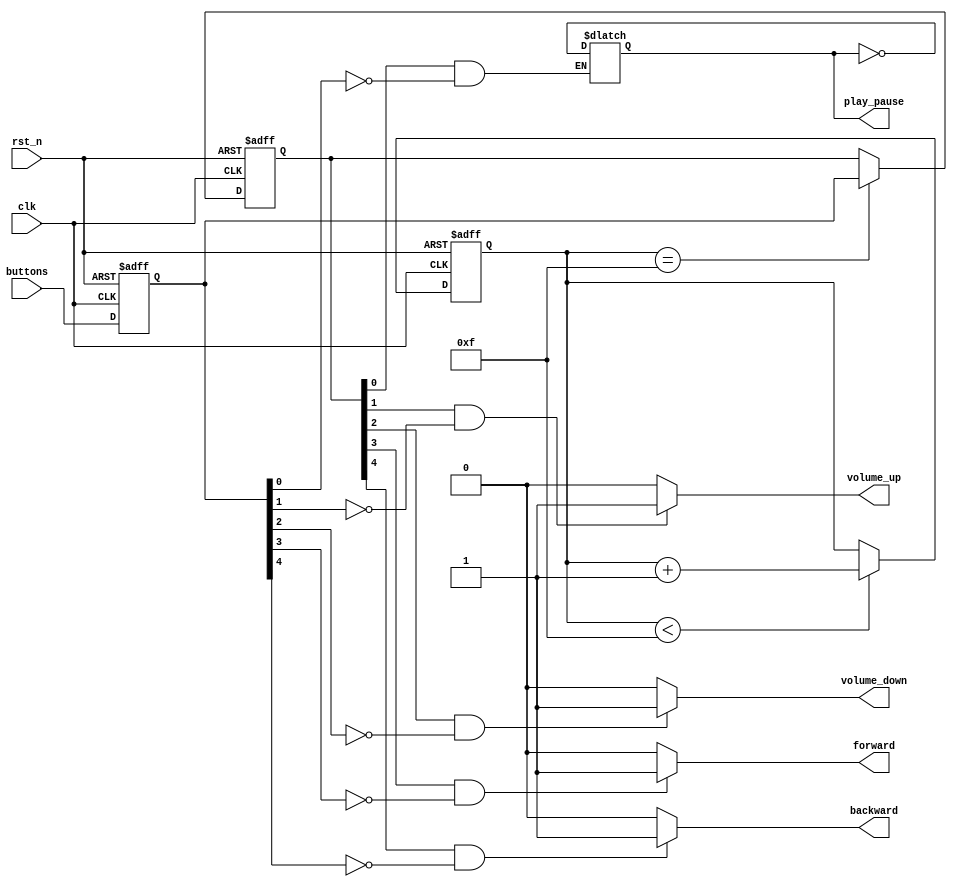
    module button_interface (
    input wire clk,               // Clock input
    input wire rst_n,            // Reset input (active-low)
    input wire [4:0] buttons,   // Input buttons
    output reg play_pause,     // Output for play/pause control
    output reg volume_up,      // Output for volume up control
    output reg volume_down,   // Output for volume down control
    output reg forward,        // Output for forward control
    output reg backward        // Output for backward control
);

    // Internal state registers for debouncing
    reg [4:0] buttons_prev;
    reg [4:0] buttons_debounced;
    reg [3:0] debounce_counter;

    // Button debouncing process
    always @(posedge clk or negedge rst_n) begin
        if (~rst_n) begin
            buttons_prev <= 5'b0;
            buttons_debounced <= 5'b0;
            debounce_counter <= 4'b0;
        end else begin
            // Shift in current button values
            buttons_prev <= {buttons_prev[3:0], buttons};

            // Increment debounce counter
            if (debounce_counter < 4'd15) begin
                debounce_counter <= debounce_counter + 1;
            end

            // Debounce logic
            if (debounce_counter == 4'd15) begin
                buttons_debounced <= buttons_prev;
            end
        end
    end

    // Button control logic
    always @* begin
        // Play/pause control
        if (buttons_debounced[0] && !buttons_prev[0]) begin
            play_pause <= ~play_pause;
        end

        // Volume up control
        if (buttons_debounced[1] && !buttons_prev[1]) begin
            volume_up <= 1'b1;
        end else begin
            volume_up <= 1'b0;
        end

        // Volume down control
        if (buttons_debounced[2] && !buttons_prev[2]) begin
            volume_down <= 1'b1;
        end else begin
            volume_down <= 1'b0;
        end

        // Forward control
        if (buttons_debounced[3] && !buttons_prev[3]) begin
            forward <= 1'b1;
        end else begin
            forward <= 1'b0;
        end

        // Backward control
        if (buttons_debounced[4] && !buttons_prev[4]) begin
            backward <= 1'b1;
        end else begin
            backward <= 1'b0;
        end
    end

endmodule